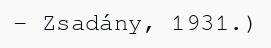
– Zsadány, 1931.)